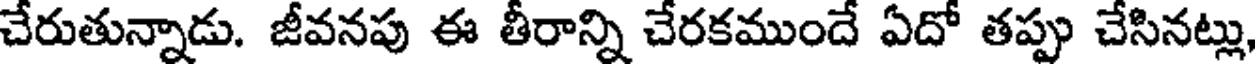
చేరుతున్నాడు. జీవనపు ఈ తీరాన్ని చేరకముందే ఏదో తప్పు చేసినట్లు,